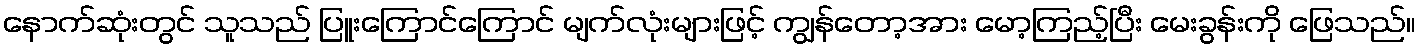
နောက်ဆုံးတွင် သူသည် ပြူးကြောင်ကြောင် မျက်လုံးများဖြင့် ကျွန်တော့အား မော့ကြည့်ပြီး မေးခွန်းကို ဖြေသည်။